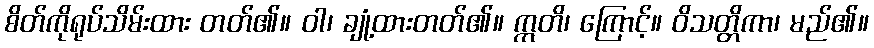
စိတ်ကိုရုပ်သိမ်းထား တတ်၏။ ဝါ၊ ချုံ့ထားတတ်၏။ ဣတိ၊ ကြောင့်။ ဝိသတ္တိကာ၊ မည်၏။